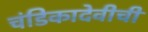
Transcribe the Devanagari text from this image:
चंडिकादेवीची